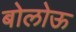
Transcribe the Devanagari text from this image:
बोलोऊ